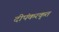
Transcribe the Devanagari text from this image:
दीपंकरकृत